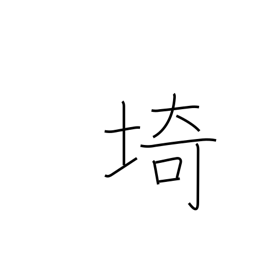
Meaning: cape